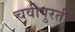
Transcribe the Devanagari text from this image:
चवीपुरती